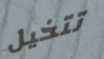
تتخيل